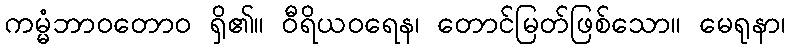
ကမ္မံဘာဝတောဝ ရှိ၏။ ဝီရိယဝရေန၊ တောင်မြတ်ဖြစ်သော။ မေရုနာ၊